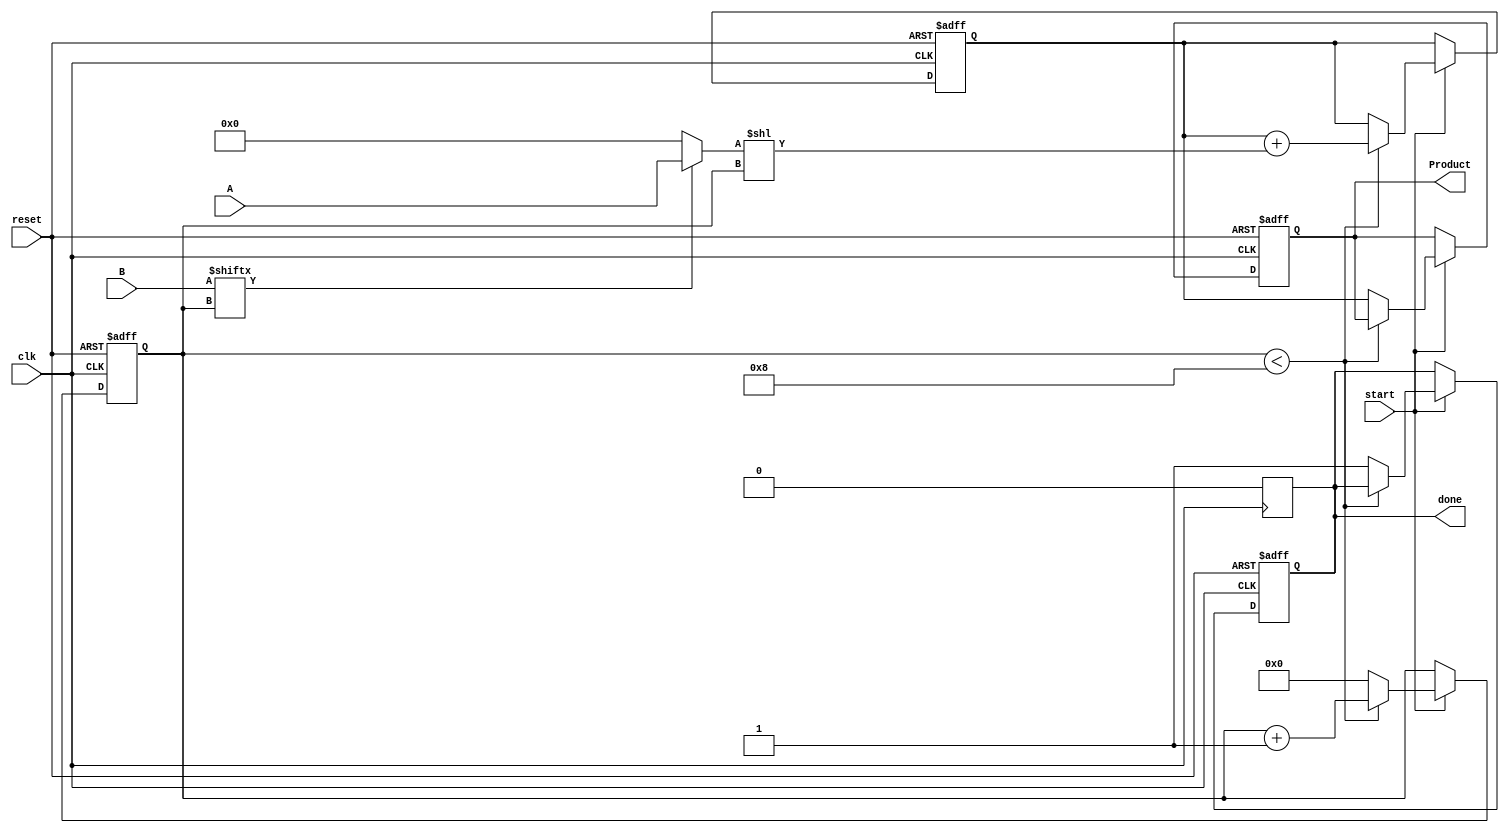
module PartialProductAccumulator #(
    parameter N = 8, // Width of multiplicand A
    parameter M = 8  // Width of multiplier B
)(
    input  [N-1:0] A,         // Multiplicand
    input  [M-1:0] B,         // Multiplier
    input        clk,          // Clock signal
    input        reset,        // Asynchronous reset
    input        start,        // Start signal
    output reg [N+M-1:0] Product, // Final product
    output reg done           // Done signal
);

    reg [M-1:0] b_reg;              // Register to hold the multiplier
    reg [N-1:0] partial_product;     // Current partial product
    reg [N+M-1:0] accumulator;       // Accumulator for the final product
    reg [3:0] count;                 // Counter for the bits processed

    always @(posedge clk or posedge reset) begin
        if (reset) begin
            Product <= 0;
            accumulator <= 0;
            count <= 0;
            done <= 0;
        end else if (start) begin
            if (count < M) begin
                // Generate Partial Product
                partial_product = (B[count] ? A : 0) << count; // Shift A based on current bit of B
                accumulator = accumulator + partial_product;   // Accumulate the partial product
                count <= count + 1;                           // Increment the count
            end else begin
                Product <= accumulator; // Final product is ready
                done <= 1;              // Set done signal
                count <= 0;             // Reset count for next operation
            end
        end
    end

    always @(posedge clk) begin
        if (done) begin
            // Reset done signal after one clock cycle
            done <= 0;
        end
    end

endmodule